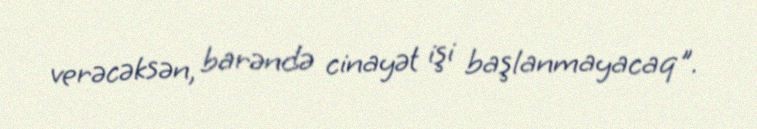
verəcəksən, barəndə cinayət işi başlanmayacaq".